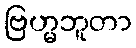
ဗြဟ္မဘူတာ